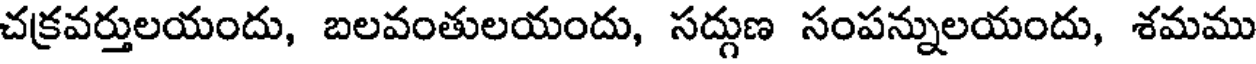
చక్రవర్తులయందు, బలవంతులయందు, సద్గుణ సంపన్నులయందు, శమము